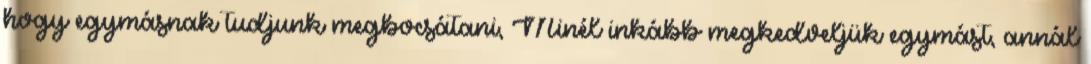
hogy egymásnak tudjunk megbocsátani, Minél inkább megkedveljük egymást, annál